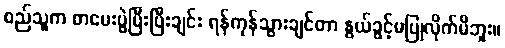
စည်သူက စာမေးပွဲပြီးပြီးချင်း ရန်ကုန်သွားချင်တာ နွယ်ခွင့်မပြုလိုက်မိဘူး။